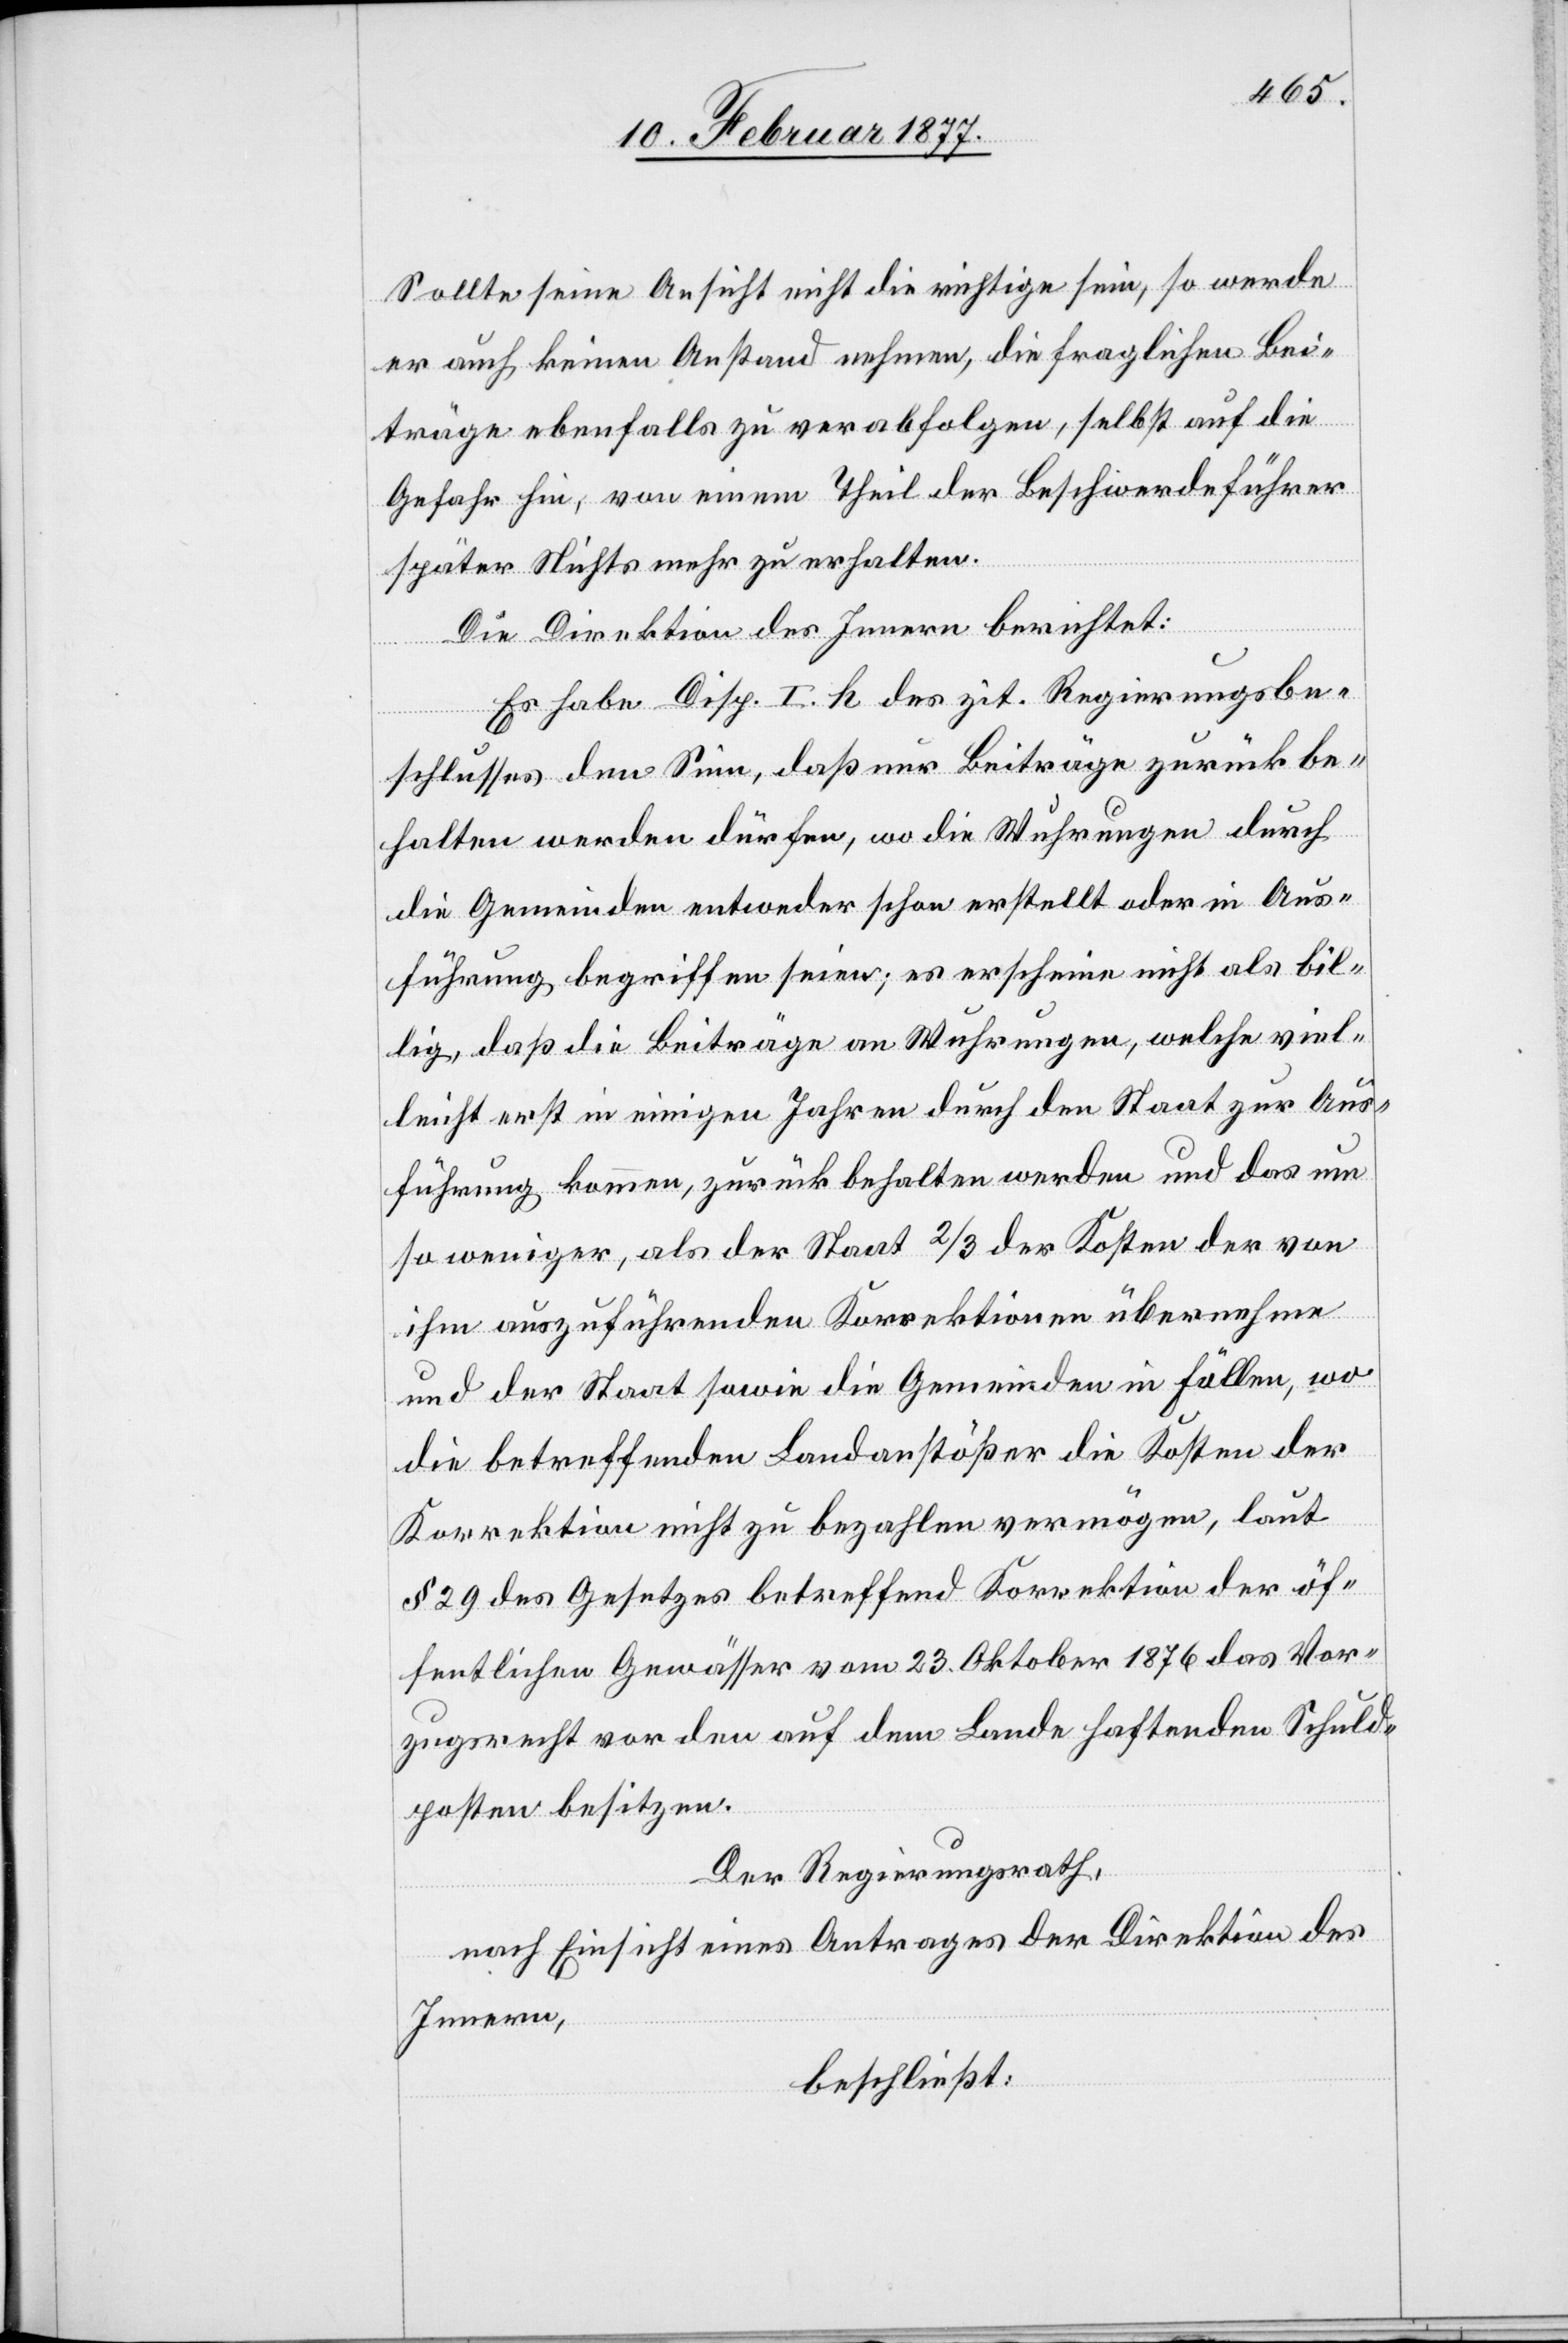
Sollte seine Ansicht nicht die richtige sein, so werde
er auch keinen Anstand nehmen, die fraglichen Bei¬
träge ebenfalls zu verabfolgen, selbst auf die
Gefahr hin, von einem Theil der Beschwerdeführer
später Nichts mehr zu erhalten.
Die Direktion des Innern berichtet:
Es habe Disp. I. h des zit. Regierungsbe¬
schlusses den Sinn, daß nur Beiträge zurückbe¬
halten werden dürfen, wo die Wuhrungen durch
die Gemeinden entweder schon erstellt oder in Aus¬
führung begriffen seien; es erscheine nicht als bil¬
lig, daß die Beiträge an Wuhrungen, welche viel¬
leicht erst in einigen Jahren durch den Staat zur Aus¬
führung kommen, zurückbehalten werden und das um
so weniger, als der Staat 2/3 der Kosten der von
ihm auszuführenden Korrektionen übernehmen
und der Staat sowie die Gemeinden in Fällen, wo
die betreffenden Landanstößer die Kosten der
Korrektion nicht zu bezahlen vermögen, laut
§ 29 des Gesetzes betreffend Korrektion den öf¬
fentlichen Gewässer vom 23. Oktober 1876 das Vor¬
zugsrecht vor den auf dem Lande haftenden Schuld¬
posten besitzen.
Der Regierungsrath,
nach Einsicht eines Antrages der Direktion des
Innern,
beschließt: